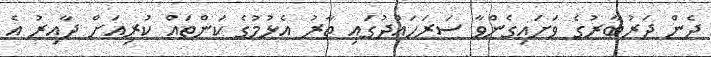
ދެން ދަރުބާރުގެ ވަށައިގެންވާ ސަރަހައްދުގައި ތާރު އެޅުމުގެ ކަންތައް ކުރިއަށް ދާއިރު އެ